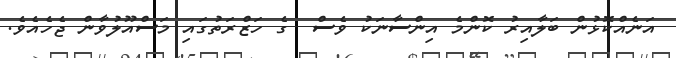
އަނެއްކޮޅުން ބަލާއިރު ކޮންމެ އިންސާނަކު ވެސް  ގެ ހަޒްރަތުގައި މަސްއޫލުވާން ޖެހެއެވެ.